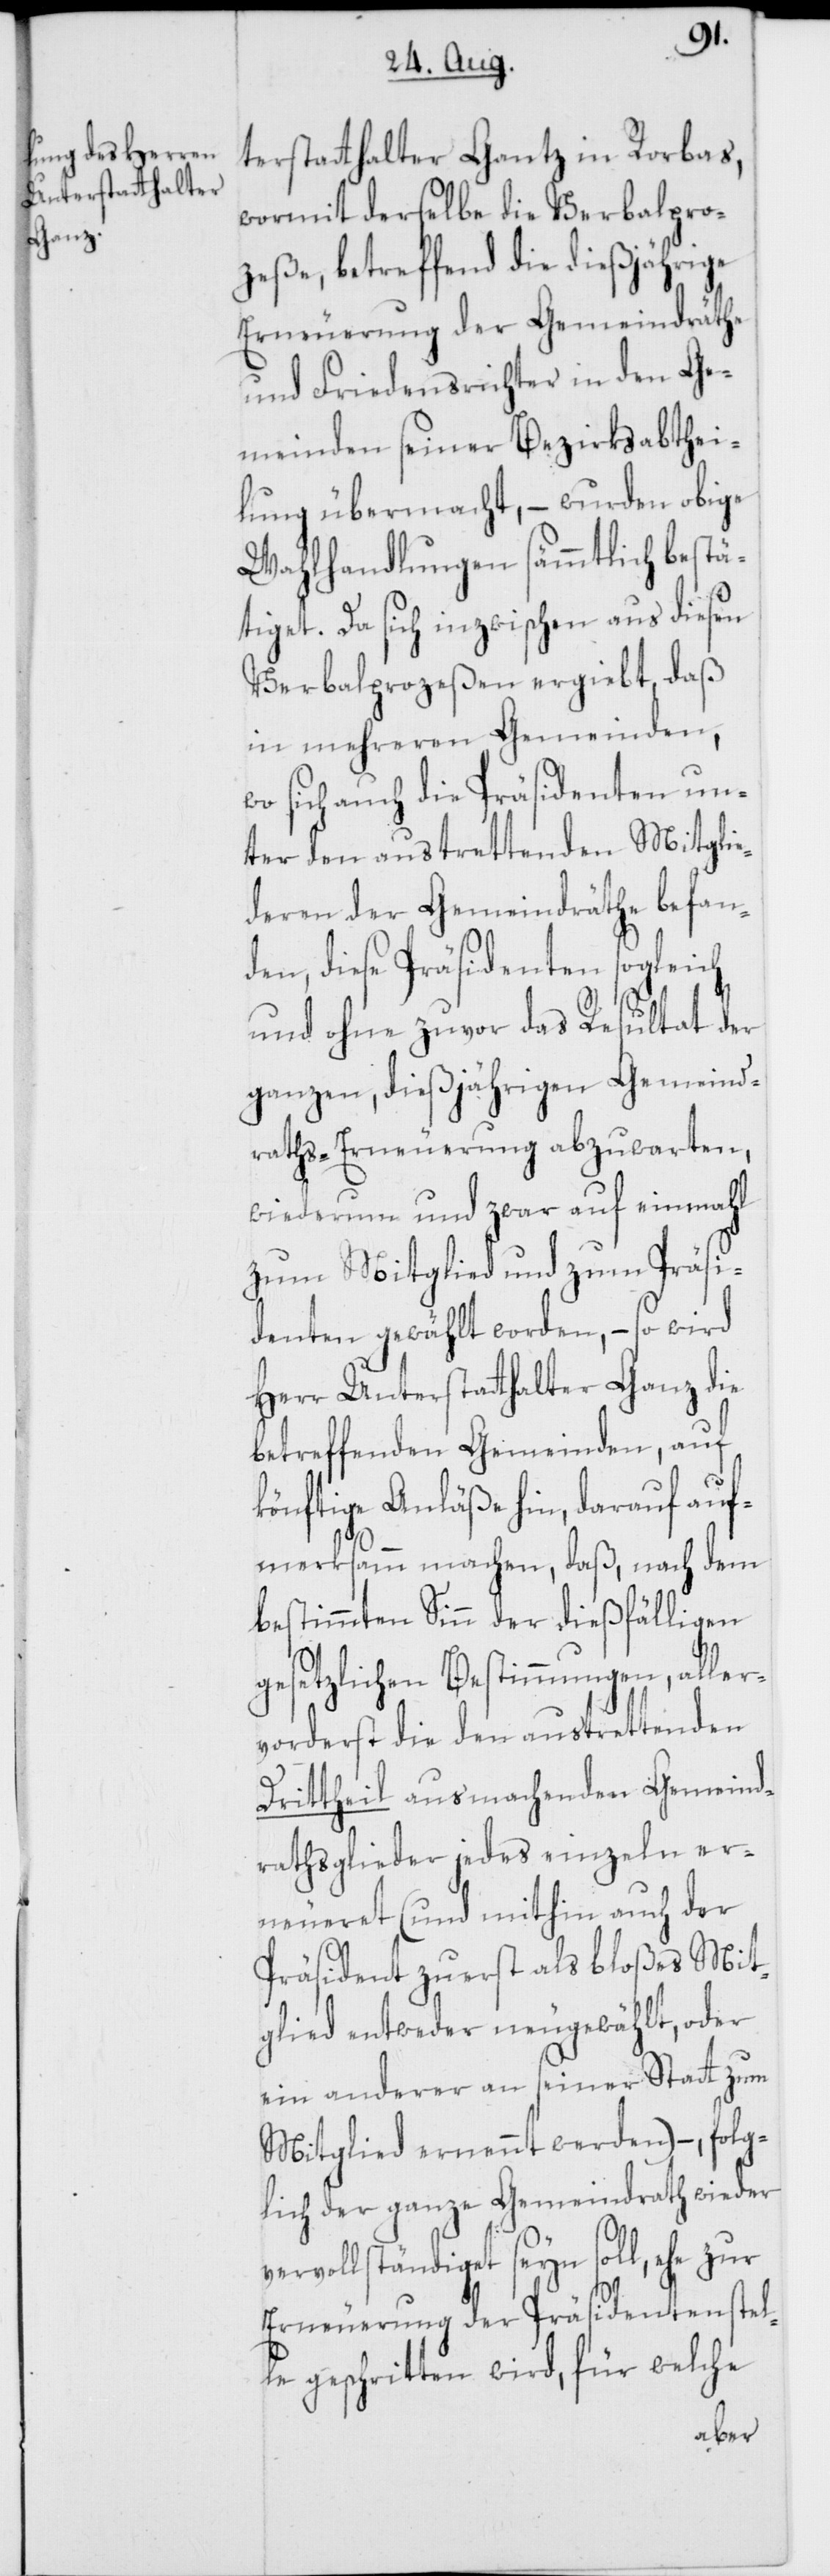
terstatthalter Gantz in Rorbas,
wormit derselbe die Verbalpro¬
zeße, betreffend die dießjährige
Erneuerung der Gemeindräthe
und Friedensrichter in den Ge¬
meinden seiner Bezirksabthei¬
lung übermacht, – wurden obige
Wahlhandlungen sämmtlich bestä¬
tiget. Da sich inzwischen aus diesen
Verbalprozeßen ergiebt, daß
in mehreren Gemeinden,
wo sich auch die Präsidenten un¬
ter den austrettenden Mitglie¬
deren der Gemeindräthe befan¬
den, diese Präsidenten sogleich
esultat der
und ohne zuvor das R¬
ganzen, dießjährigen Gemeind¬
raths-Erneuerung abzuwarten,
wiederum und zwar auf einmal
zum Mitglied und zum Präsi¬
denten gewählt worden, – so wird
Herr Unterstatthalter Ganz die
betreffenden Gemeinden, auf
könftige Anläße hin, darauf auf¬
merksamm machen, daß, nach dem
bestimmten Sinn der dießfälligen
gesetzlichen Bestimmungen, aller¬
vorderst die den austrettenden
Drittheil ausmachenden Gemeind¬
rathsglieder jedes einzeln er¬
neueret (und mithin auch der
Präsident zuerst als bloßes Mit¬
glied entweder neugewählt, oder
ein anderer an seiner Statt zum
Mitglied ernennt werden) –, folg¬
lich der ganze Genmeindrath wieder
vervollständiget seyn soll, ehe zur
Erneuerung der Präsidentenstel¬
le geschritten wird, für welche